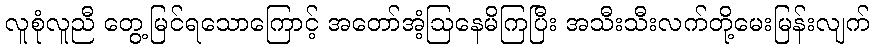
လူစုံလူညီ တွေ့မြင်ရသောကြောင့် အတော်အံ့ဩနေမိကြပြီး အသီးသီးလက်တို့မေးမြန်းလျက်